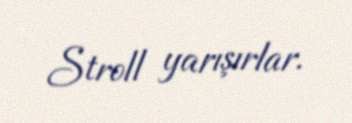
Stroll yarışırlar.